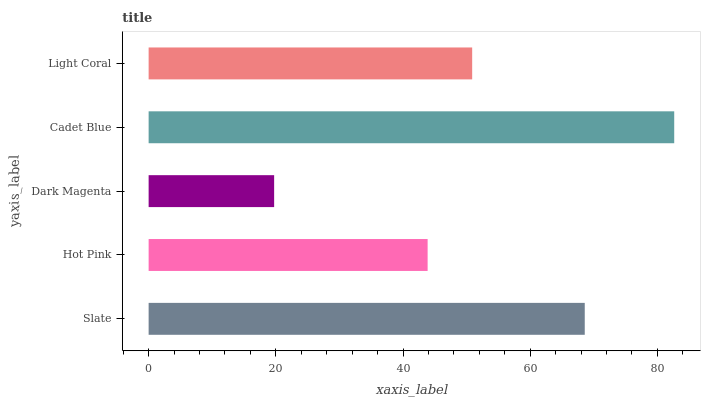
| yaxis_label | bars |
 | --- | --- |
 | Slate | 68.6 |
 | Hot Pink | 43.9 |
 | Dark Magenta | 19.7 |
 | Cadet Blue | 82.6 |
 | Light Coral | 50.9 |